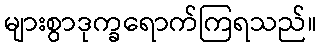
များစွာဒုက္ခရောက်ကြရသည်။